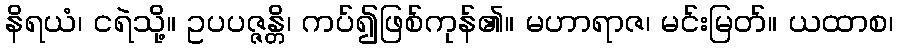
နိရယံ၊ ငရဲသို့။ ဥပပဇ္ဇန္တိ၊ ကပ်၍ဖြစ်ကုန်၏။ မဟာရာဇ၊ မင်းမြတ်။ ယထာစ၊